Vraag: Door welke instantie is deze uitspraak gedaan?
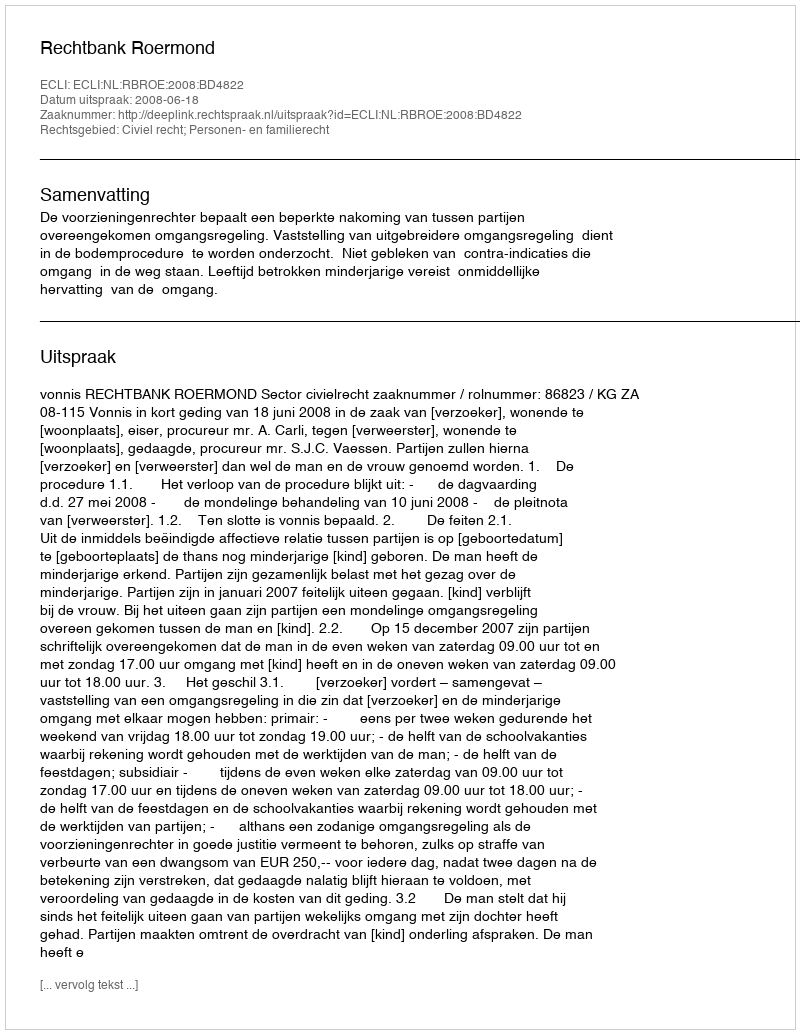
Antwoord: Rechtbank Roermond